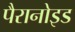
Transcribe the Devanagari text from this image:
पैरानोइड